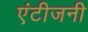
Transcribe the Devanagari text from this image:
एंटीजनी